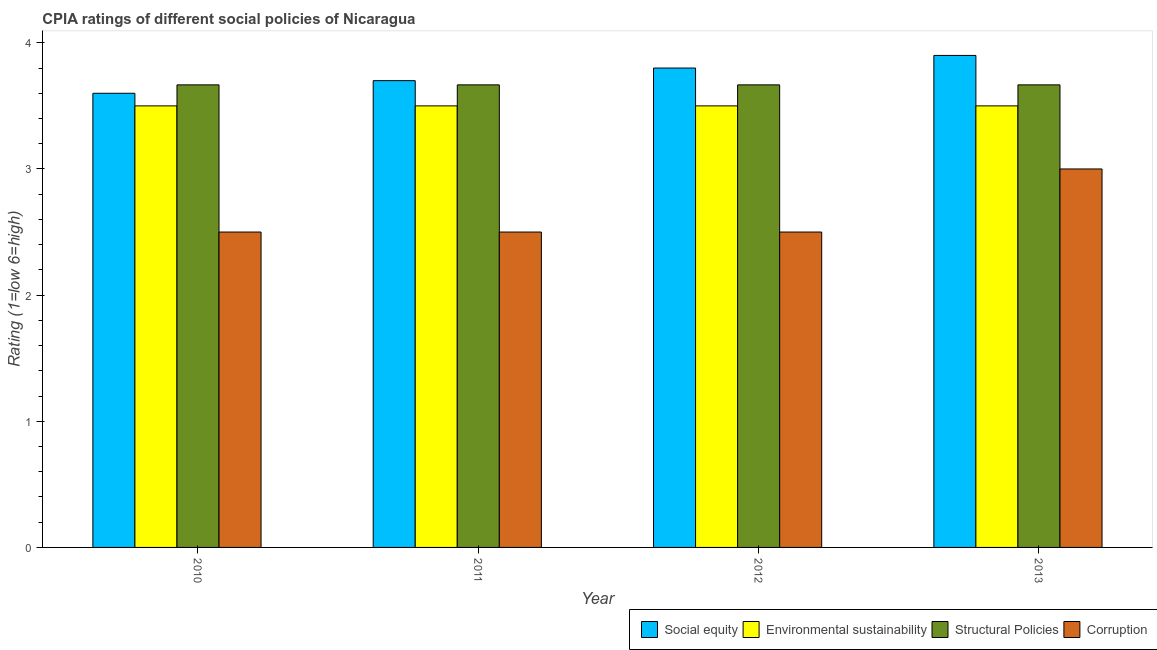
| Year | Social equity | Environmental sustainability | Structural Policies | Corruption |
 | --- | --- | --- | --- | --- |
 | 2010 | 3.6 | 3.5 | 3.67 | 2.5 |
 | 2011 | 3.7 | 3.5 | 3.67 | 2.5 |
 | 2012 | 3.8 | 3.5 | 3.67 | 2.5 |
 | 2013 | 3.9 | 3.5 | 3.67 | 3 |